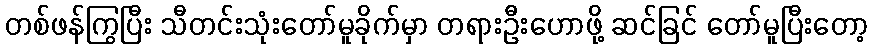
တစ်ဖန်ကြွပြီး သီတင်းသုံးတော်မူခိုက်မှာ တရားဦးဟောဖို့ ဆင်ခြင် တော်မူပြီးတော့